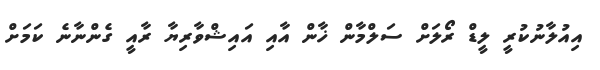
އިއުލާނުކުރީ ލީޑް ރޯލަށް ސަލްމާން ޚާން އާއި އައިޝްވާރިޔާ ރާއީ ގެންނާނެ ކަމަށް